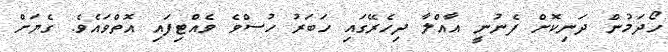
ހޯދަމުން ދަނިކޮށް ފެނުނީ އާއްލާ ދިހެރޭގައި ހަބަރު ހުސްވެ ވެއްޓިފައި އޮތްވައެވެ. ގެޔަށް